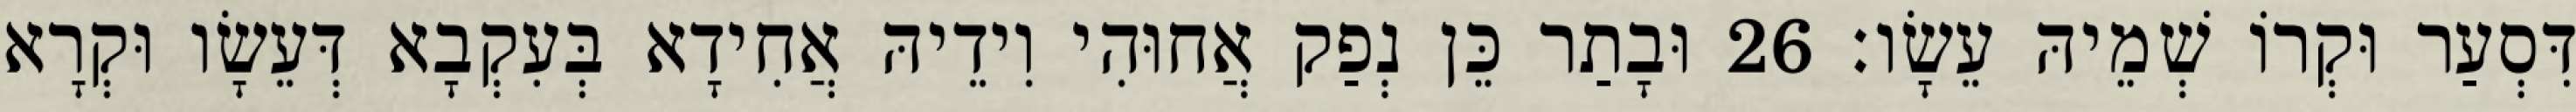
דִּסְעַר וּקְרוֹ שְׁמֵיהּ עֵשָׂו׃ 26 וּבָתַר כֵּן נְפַק אֲחוּהִי וִידֵיהּ אֲחִידָא בְּעִקְבָא דְּעֵשָׂו וּקְרָא